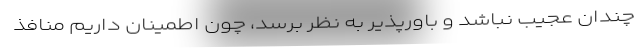
چندان عجیب نباشد و باورپذیر به نظر برسد، چون اطمینان داریم منافذ